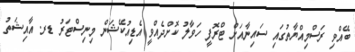
ބޭއްވި ރަސްމިއްޔާތުގައި ސައިނާއަށް ޓްރޮފީ ހަވާލު ކޮށްދެއްވީ އެޑިއުކޭޝަން މިނިސްޓަރު ޑރ. އާއިޝަތު